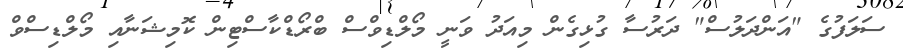
ސަލަފުގެ "އަންދަލުސް" ދަރުސާ ގުޅިގެން މިއަދު ވަނީ މޯލްޑިވްސް ބްރޯޑްކާސްޓިން ކޮމިޝަނާއި މޯލްޑިސްވް